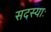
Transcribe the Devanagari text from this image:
सदस्याः